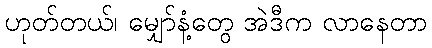
ဟုတ်တယ်၊ မျှော်နံ့တွေ အဲဒီက လာနေတာ